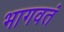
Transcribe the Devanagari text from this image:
भागवतं